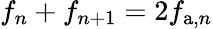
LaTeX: f_{n}+f_{n+1}=2f_{\mathrm{a},n}